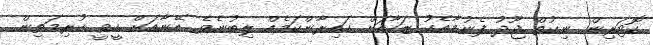
ކޮޓަރިން ނިކުތް ޖޫދު ފެނުމާއެކު ޒަހާއަށް ހައިރާންކަމެއް ލިބުނެވެ. އޭނާއަށް ހީވީ ކުރިމަތިން